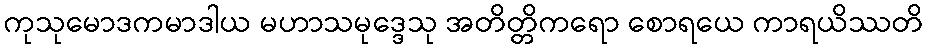
ကုသုမောဒကမာဒါယ မဟာသမုဒ္ဒေသု အတိတ္တိကရော စောရယေ ကာရယိဿတိ